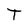
Character: T